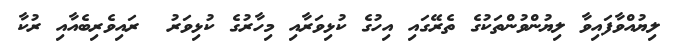
ލިޔުއްވާފައިވާ ލިޔުންވުންތަކުގެ ތެރޭގައި އިހުގެ ކުޅިވަރާއި މިހާރުގެ ކުޅިވަރު  ރައިވެރިބެއާއި ރުކާ